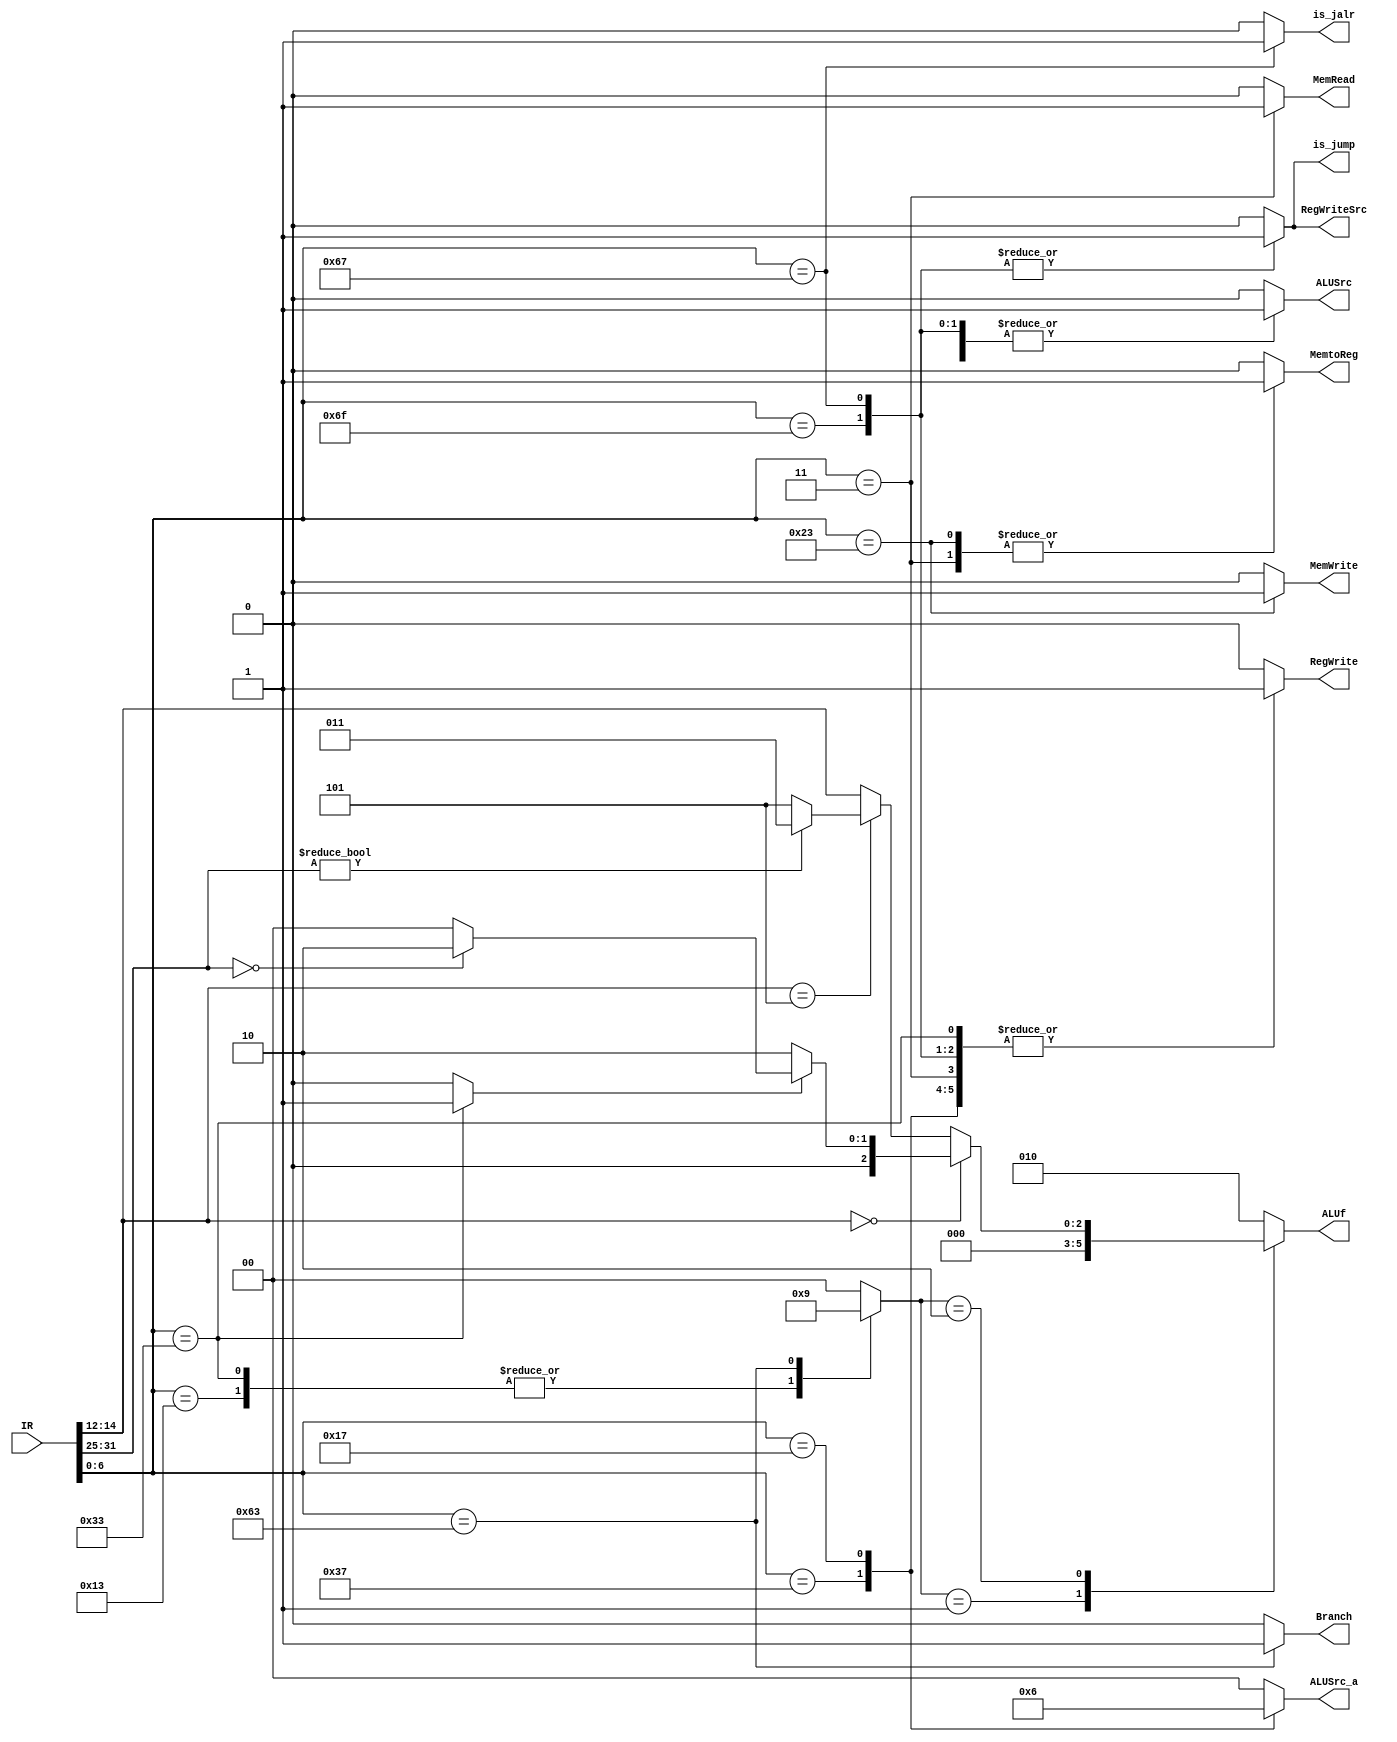
module control(
    input [31:0] IR,
    output reg Branch,
    output reg MemRead,
    output reg MemtoReg,
    output reg MemWrite,
    output reg ALUSrc,
    output reg RegWrite,
    output reg is_jalr,
    output reg RegWriteSrc,
    output reg is_jump,
    output reg [2:0] ALUf,
    output reg [1:0] ALUSrc_a//00:reg  01:0  10:pc  

);
    wire [6:0] opcode,funct7;
    wire [2:0] funct3;

    assign opcode=IR[6:0];
    assign funct3=IR[14:12];
    assign funct7=IR[31:25];

    //base on opcode
    reg funct7_en;
    //RegWriteSrc=1:pc+4
    reg [1:0] ALUOp;//00:add 01:sub  10:R-type & I-type
    
    always@(*) begin
        Branch=0;
        MemRead=0;
        MemtoReg=0;//0:alu_result  1:mem_read
        ALUOp=0;
        MemWrite=0;
        ALUSrc=0;//0:reg  1:imm
        RegWrite=0;
        ALUSrc_a=0;
        is_jalr=0;
        is_jump=0;
        RegWriteSrc=0;
        funct7_en=0;
        case(opcode) 
            7'b0110011:begin//R-type,add
                ALUOp=2'b10;
                RegWrite=1;
                funct7_en=1;


            end
            7'b0010011:begin//I-type,addi
                ALUOp=2'b10;
                ALUSrc=1;
                RegWrite=1;

            end
            7'b0110111:begin//lui
                //rf input rs1=0 or ALU input a=0
                ALUSrc=1;
                RegWrite=1;
                ALUSrc_a=1;

            end
            7'b0010111:begin//auipc
                //ALU input a=pc

                ALUSrc=1;
                RegWrite=1;
                ALUSrc_a=2;
            end

            7'b1100011:begin//B-type
                Branch=1;
                ALUOp=2'b01;
            end

            7'b1101111:begin//jal
            //ALUresult=pc+4
                RegWriteSrc=1;
                ALUSrc=1;
                RegWrite=1;
                is_jump=1;

            end
            7'b1100111:begin//jalr
            //ALUresult=pc+4
                RegWriteSrc=1;
                ALUSrc=1;
                is_jalr=1;
                RegWrite=1;
                is_jump=1;


            end

            7'b0000011:begin//load
                MemRead=1;
                RegWrite=1;
                MemtoReg=1;
                ALUSrc=1;

            end
            7'b0100011:begin//save
                MemWrite=1;
                MemtoReg=1;
                ALUSrc=1;

            end








            default:;
        endcase



    end


    //assign ctl={18'h0, funct7_en,RegWriteSrc,is_jalr,is_jump,ALUSrc_a, ALUOp,Branch,MemRead,MemtoReg, MemWrite,ALUSrc,RegWrite};
    
    
    always@(*) begin
        case(ALUOp)//00:add 01:sub  10:R-type & I-type
            2'b00:ALUf=3'b010;
            2'b01:ALUf=3'b000;
            2'b10:begin
                if(!funct3) begin
                    if(funct7_en) begin
                        if(!funct7)
                            ALUf=3'b010;
                        else
                            ALUf=3'b000;
                    end
                    else ALUf=3'b010;//addi
                end
                else if(funct3==3'b101) begin//funct7 always enable
                    if(funct7)//sra
                        ALUf=3'b011;
                    else
                        ALUf=3'b101;
                end
                else
                    ALUf=funct3;

            end
            default:ALUf=3'b010;
        endcase

    end



endmodule